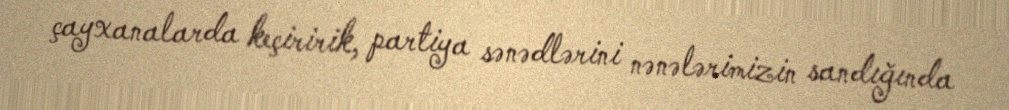
çayxanalarda keçiririk, partiya sənədlərini nənələrimizin sandığında